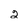
Character: 2